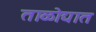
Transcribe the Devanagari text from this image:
ताळोद्यात